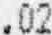
.02